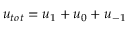
u _ { t o t } = u _ { 1 } + u _ { 0 } + u _ { - 1 }